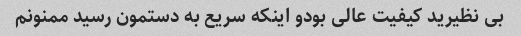
بی نظیرید کیفیت عالی بودو اینکه سریع به دستمون رسید ممنونم